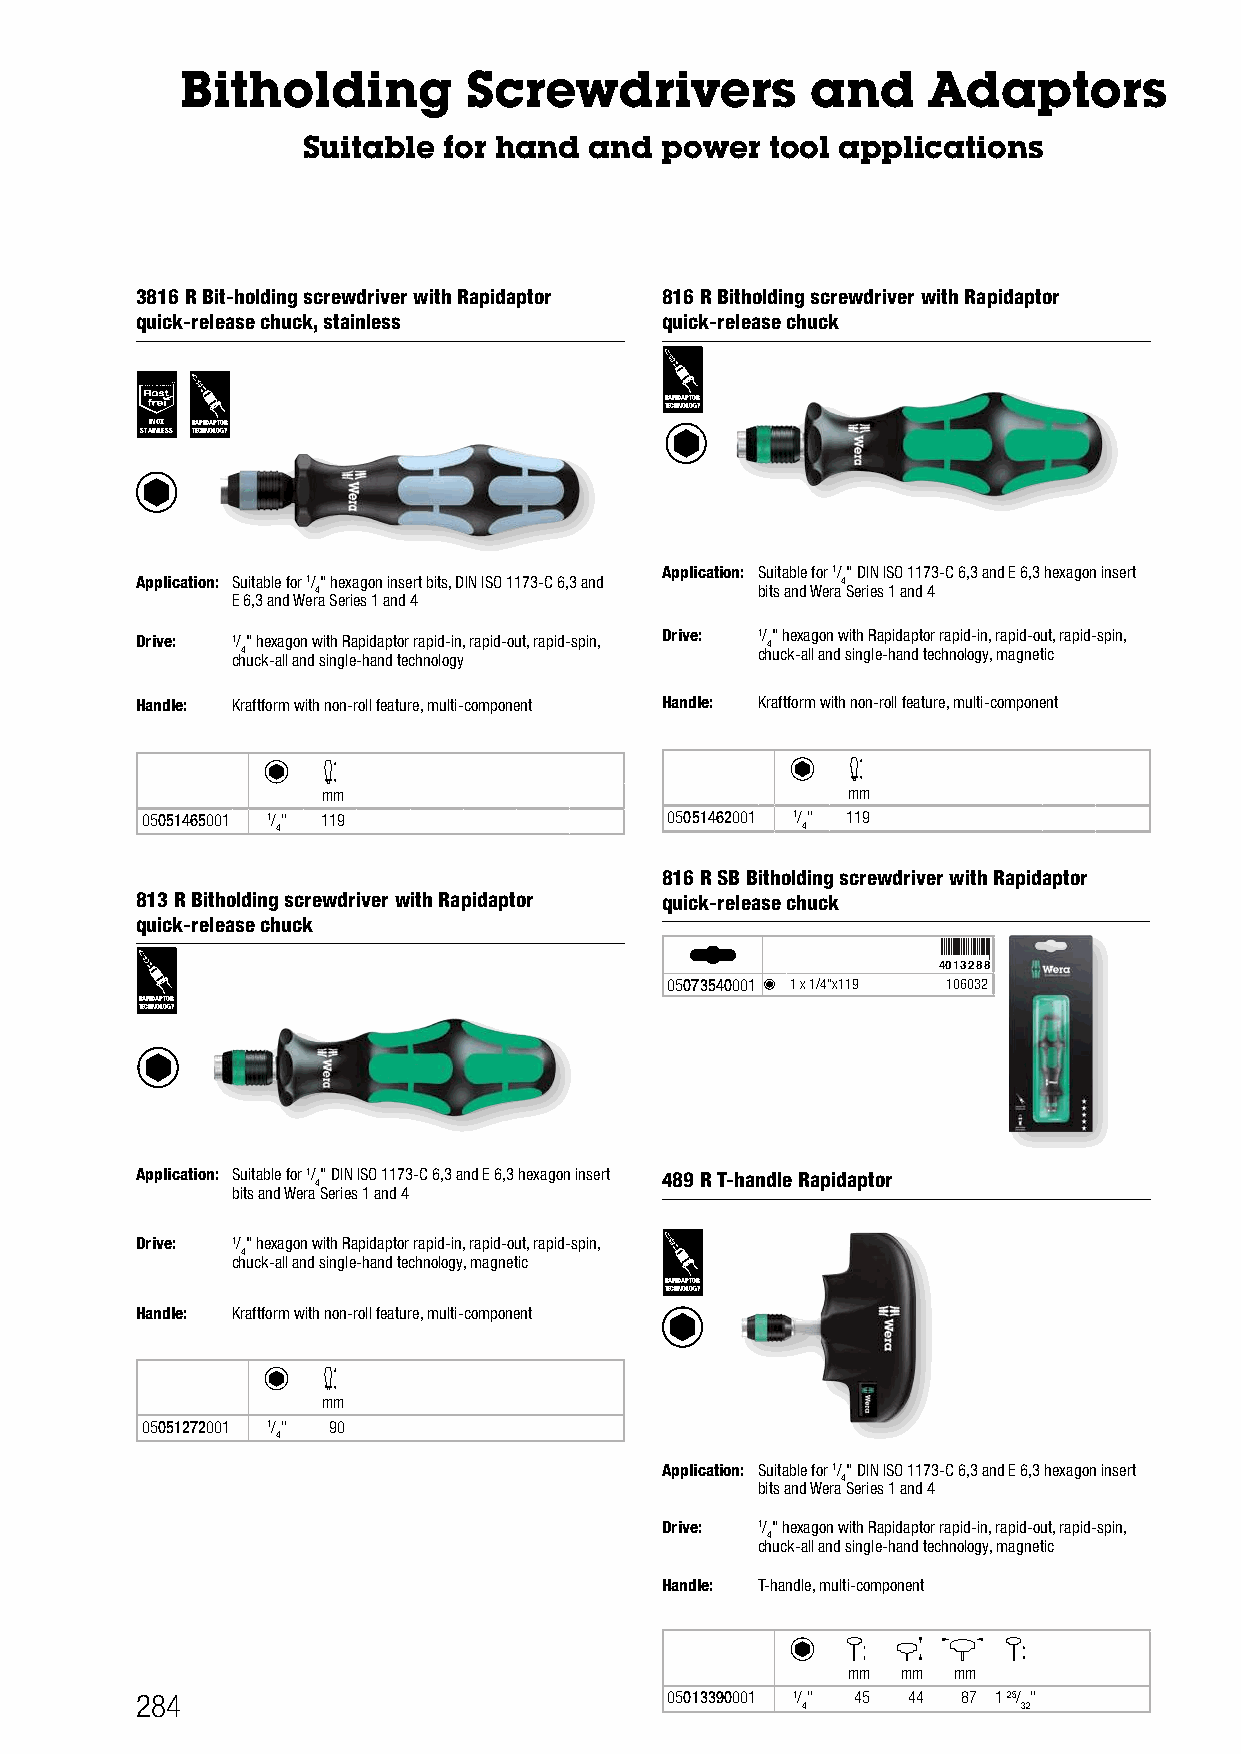
Bitholding         Screwdrivers           and    Adaptors
 Suitable for hand  and  power  tool applications
 3816 R Bit-holding screwdriver with Rapidaptor 816 R Bitholding screwdriver with Rapidaptor
 quick-release chuck, stainless     quick-release chuck
 RAPIDAPTOR
 TECHNOLOGY
 INOX RAPIDAPTOR
 STAINLESS TECHNOLOGY
 Application: Suitable for 1/" DIN ISO 1173-C 6,3 and E 6,3 hexagon insert
 Application: Suitable for 1/" hexagon insert bits, DIN ISO 1173-C 6,3 and 4
 4                            bits and Wera Series 1 and 4
 E 6,3 and Wera Series 1 and 4
 Drive: c1/ h4"
 u
 ch ke -x aa llg ao nn
 d
 w si it nh
 g
 R lea -p hi ad na dp t to er
 c
 r ha np oid lo- gin y, rapid-out, rapid-spin, Drive: c1/ h4"
 u
 ch ke -x aa llg ao nn
 d
 w si it nh
 g
 R lea -p hi ad na dp t to er
 c
 r ha np oid lo- gin y,
 ,
 r map ai gd n- eo tu ict, rapid-spin,
 Handle: Kraftform with non-roll feature, multi-component Handle: Kraftform with non-roll feature, multi-component
 mm                                 mm
 05051465001 1/" 119                05051462001 1/" 119
 4                                  4
 816 R SB Bitholding screwdriver with Rapidaptor
 813 R Bitholding screwdriver with Rapidaptor quick-release chuck
 quick-release chuck
 4013288
 05073540001 1 x 1/4"x119 106032
 TR EA CP HID NA OP LOTO GR
 Y
 Application: Suitable for 1/" DIN ISO 1173-C 6,3 and E 6,3 hexagon insert 489 R T-handle Rapidaptor
 4
 bits and Wera Series 1 and 4
 Drive: 1/" hexagon with Rapidaptor rapid-in, rapid-out, rapid-spin,
 4
 chuck-all and single-hand technology, magnetic
 RAPIDAPTOR
 TECHNOLOGY
 Handle: Kraftform with non-roll feature, multi-component
 mm
 05051272001 1/" 90
 4
 Application: Suitable for 1/" DIN ISO 1173-C 6,3 and E 6,3 hexagon insert
 4
 bits and Wera Series 1 and 4
 Drive: 1/" hexagon with Rapidaptor rapid-in, rapid-out, rapid-spin,
 4
 chuck-all and single-hand technology, magnetic
 Handle: T-handle, multi-component
 mm  mm mm
 284                                05013390001 1/" 45 44 87 1 25/ "
 4              32